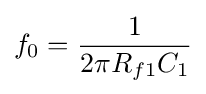
f_{0}={\frac {1}{2\pi R_{f1}C_{1}}}